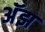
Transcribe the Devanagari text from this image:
अॅझ